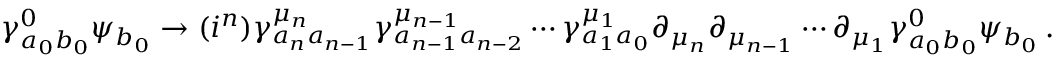
\gamma _ { a _ { 0 } b _ { 0 } } ^ { 0 } \psi _ { b _ { 0 } } \rightarrow ( i ^ { n } ) \gamma _ { a _ { n } a _ { n - 1 } } ^ { \mu _ { n } } \gamma _ { a _ { n - 1 } a _ { n - 2 } } ^ { \mu _ { n - 1 } } \cdots \gamma _ { a _ { 1 } a _ { 0 } } ^ { \mu _ { 1 } } \partial _ { \mu _ { n } } \partial _ { \mu _ { n - 1 } } \cdots \partial _ { \mu _ { 1 } } \gamma _ { a _ { 0 } b _ { 0 } } ^ { 0 } \psi _ { b _ { 0 } } \, .